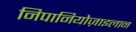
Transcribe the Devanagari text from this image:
निपानियोज़ाइलान